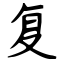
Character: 复